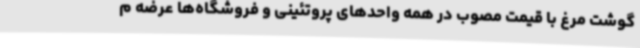
گوشت مرغ با قیمت مصوب در همه واحدهای پروتئینی و فروشگاه‌ها عرضه م